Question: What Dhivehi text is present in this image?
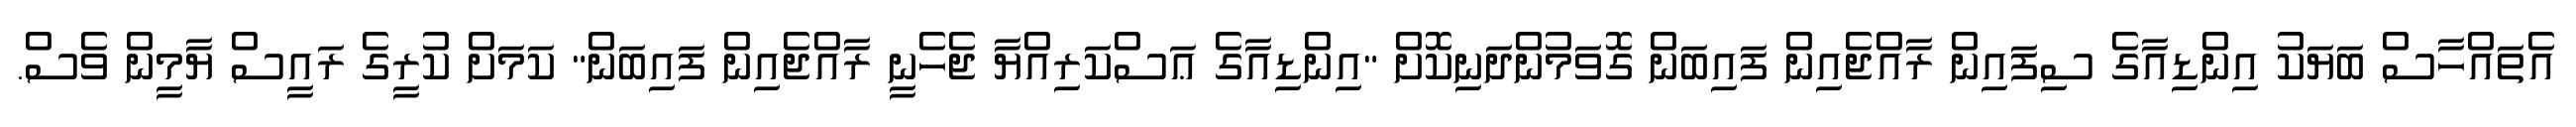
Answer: އެތައްހާސް ބަޔަކު އިންޑިއާގެ ސިފައިން ރާއްޖެއިން ފައިބަން ގޮވަމުންދަނިކޮށް "އިންޑިއާގެ ޢަސްކަރިއްޔާ ޖެހެނީ ރާއްޖެއިން ފައިބަން" ކަމަށް ކުރީގެ ރައީސް ޔާމީން ވެސް.